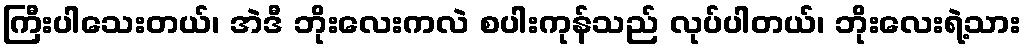
ကြီးပါသေးတယ်၊ အဲဒီ ဘိုးလေးကလဲ စပါးကုန်သည် လုပ်ပါတယ်၊ ဘိုးလေးရဲ့သား